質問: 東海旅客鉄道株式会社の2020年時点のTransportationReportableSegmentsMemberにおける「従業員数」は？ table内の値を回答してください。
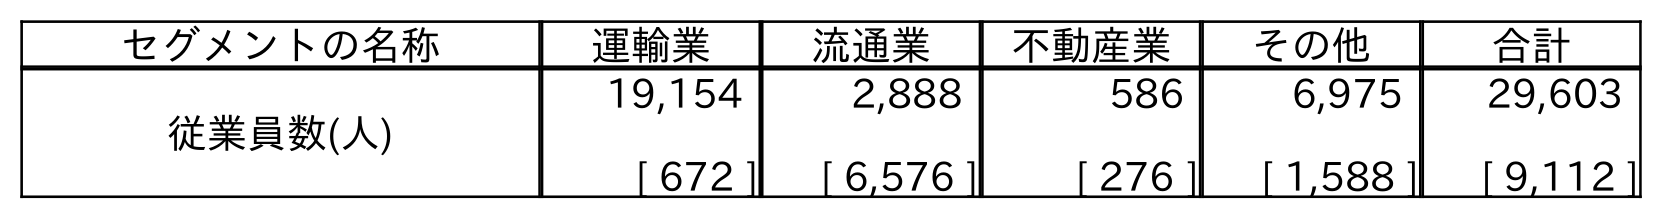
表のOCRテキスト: セグメントの名称 運輸業 流通業 不動産業 その他 合計 従業員数(人) 19,154 [ 672 ] 2,888 [ 6,576 ] 586 [ 276 ] 6,975 [ 1,588 ] 29,603 [ 9,112 ]
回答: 19,154[672]